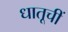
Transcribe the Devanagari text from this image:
धातूचीं